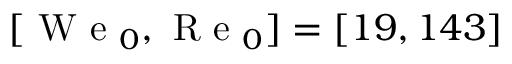
[ \mathrm { ~ W ~ e ~ } _ { 0 } , \mathrm { ~ R ~ e ~ } _ { 0 } ] = [ 1 9 , 1 4 3 ]